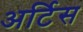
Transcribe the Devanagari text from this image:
अर्टिस